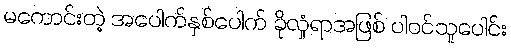
မကောင်းတဲ့ အပေါက်နှစ်ပေါက် ခိုလှုံရာအဖြစ် ပါဝင်သူပေါင်း